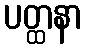
ပတ္ထနာ